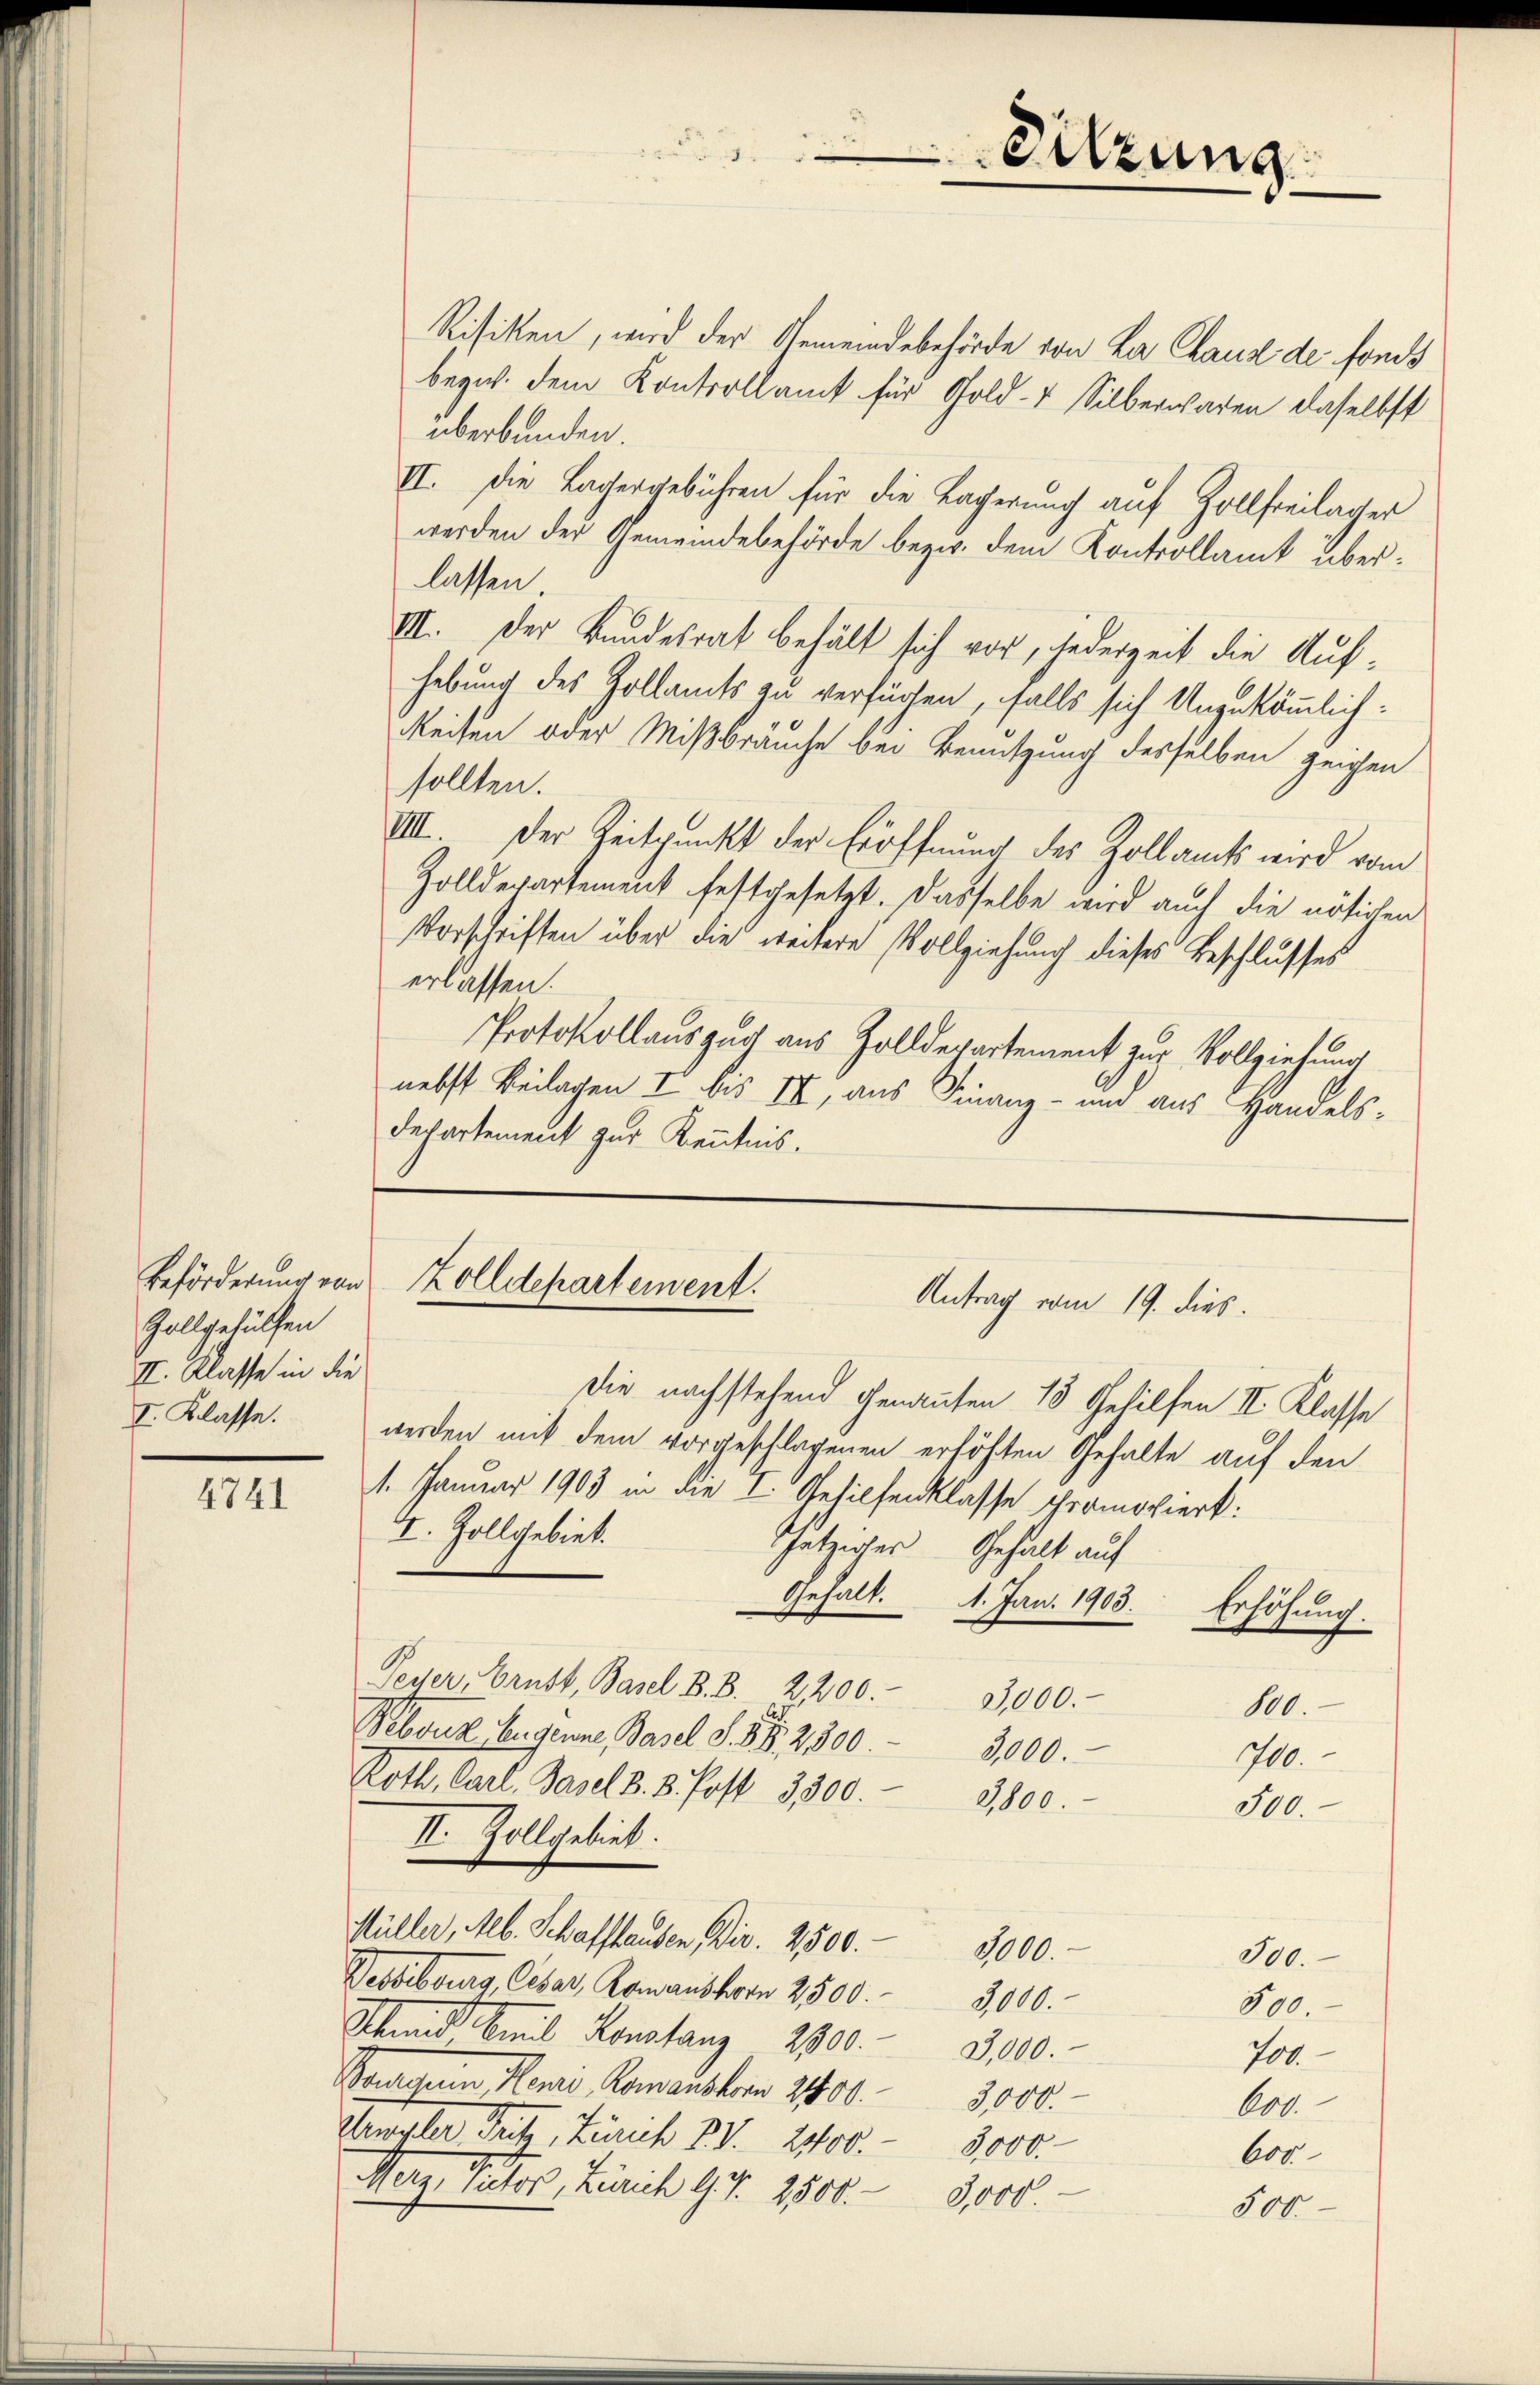
Zollgehülfen
II. Klasse in die
I. Klasse.

4741

Risiken, wird der Gemeindebehörde von La Chaus de fonds
bezw. dem Kontrollamt für Gold- & Silberwaren daselbst
überbunden.
II. Die Lagergebühren für die Lagerung auf Zollfreilager
werden der Gemeindebehörde bezw. dem Kontrollamt überlassen.
III. Der Bundesrat behält sich vor, jederzeit die Aufhebung des Zollamts zu verfügen, falls sich Unzukömmlich¬
Reisen oder Mißbrauche bei Benutzung desselben zeigen
sollten.
VIII. Der Zeitpunkt der Eröffnung des Zollamts wird vom
Zolldepartement festgesetzt. Dasselbe wird auch die nötigen
Vorschriften über die weitere Vollziehung dieses Beschlusses
erlassen.
Protokollausgurt aus Zolldepartement zur Vollziehung
nebst Beilagen I bis IV, aus Finanz- und aus Handels-
departement zur Kenntnis.

Beförderung von Zolldepartement.
Antrag vom 19. dies.

I. Zollgebiet.

Sitzung

Die nachstehend genannten 15 Gehilfen II. Klasse
werden mit dem vorgeschlagenen erhöhten Gehalte auf den
1. Januar 1903 in die I. Gehilfenklasse promotiert:
Gatzirler Gehalt auf
Feder, Ernst, Basel B. B. 2200.- 3,000.-
100.
Pebsuk Eugenne, Basel S. 85. 2800.
3,000.
700.
Roth, Carl. Basel 8. 8. Post 3300. 3800.
300
II. Zollgebiet.
Müller, Alb. Schaffhausen, Dir. 2500. 3000.
300.
Vesbibourg, Cesar, Romanshorn 2500.- 3,000.
390.
Schend Emil Konstanz 2900. 3000.
700.
Sontanin, Henzi, Romanshorn 2400. 3000.
600.
Urwyler, Fritz, Zürich VV. 2400.- 5,000.
Cor
Merz, Patos, Zürich 97. 2800.- 8000.
500.

Gehalt. 1. Jan. 1903. Erhöhung.